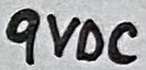
Text: 9VDC